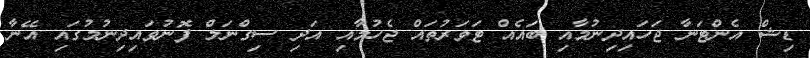
ޑިޝް އެންޓަނާ ޖަހައިދިނުމާއި ބައެއް ޓަވަރުތައް ޖެހުމާއި އަދި ސިގްނަލް ފޮނުވައިދިނުމުގައި އޭނާ